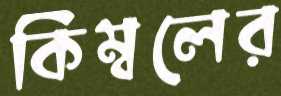
কিম্বলের